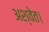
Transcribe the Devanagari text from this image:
अश्वेत।